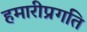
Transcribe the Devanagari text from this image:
हमारीप्रगति